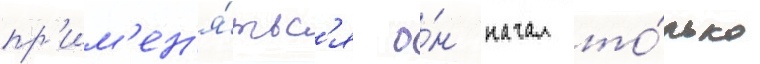
пр'им'ен'я́тьс'я о́н начал то́лько